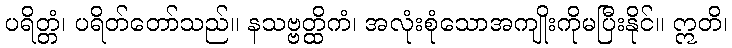
ပရိတ္တံ၊ ပရိတ်တော်သည်။ နသဗ္ဗတ္ထိကံ၊ အလုံးစုံသောအကျိုးကိုမပြီးနိုင်။ ဣတိ၊